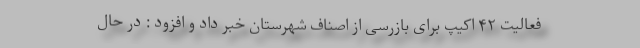
فعالیت ۴۲ اکیپ برای بازرسی از اصناف شهرستان خبر داد و افزود : در حال